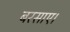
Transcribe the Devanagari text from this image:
बरसाए।